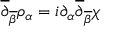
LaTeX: \overline { { { \partial } } } _ { \overline { { { \beta } } } } \rho _ { \alpha } = i \partial _ { \alpha } \overline { { { \partial } } } _ { \overline { { { \beta } } } } \chi